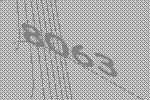
8063